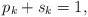
LaTeX: \begin{align*} p_k + s_k = 1,\end{align*}